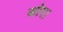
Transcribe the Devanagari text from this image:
सोर।